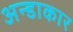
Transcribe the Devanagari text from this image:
अन्डाकार